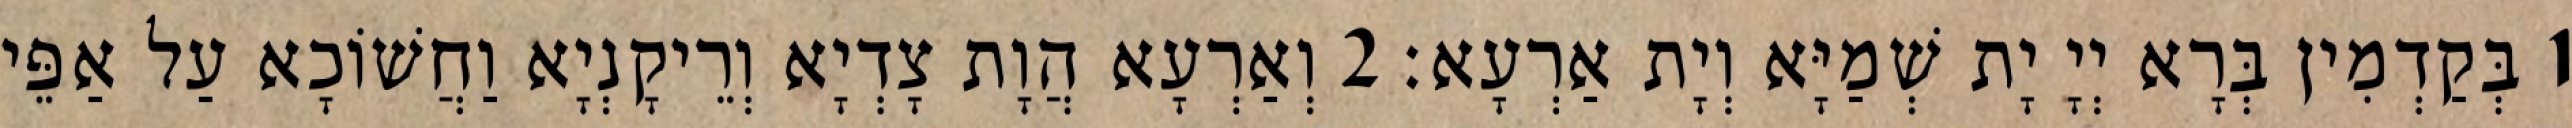
1 בְּקַדְמִין בְּרָא יְיָ יָת שְׁמַיָּא וְיָת אַרְעָא׃ 2 וְאַרְעָא הֲוָת צָדְיָא וְרֵיקָנְיָא וַחֲשׁוֹכָא עַל אַפֵּי